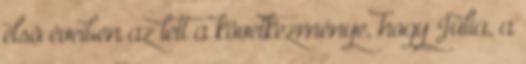
elsõ éveiben az lett a következménye, hogy Júlia, a